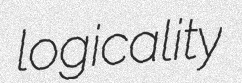
logicality